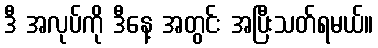
ဒီ အလုပ်ကို ဒီနေ့ အတွင်း အပြီးသတ်ရမယ်။